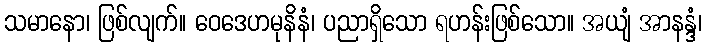
သမာနော၊ ဖြစ်လျက်။ ဝေဒေဟမုနိနံ၊ ပညာရှိသော ရဟန်းဖြစ်သော။ အယျံ အာနန္ဒံ၊